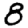
Digit: 8